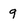
Character: 9